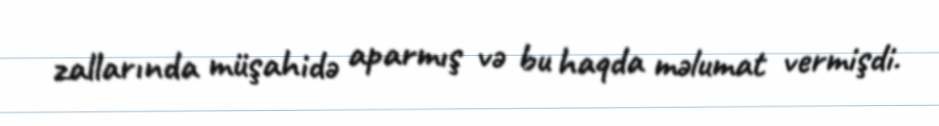
zallarında müşahidə aparmış və bu haqda məlumat vermişdi.